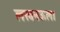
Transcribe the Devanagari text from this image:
लखनऊला